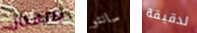
بالقتال سانتو لدقيقة